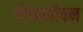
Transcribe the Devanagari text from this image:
पिप्पलीवन